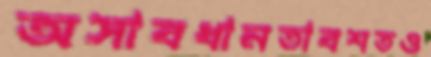
অসাবধানতাবশতও